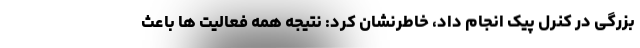
بزرگی در کنرل پیک انجام داد، خاطرنشان کرد: نتیجه همه فعالیت ها باعث